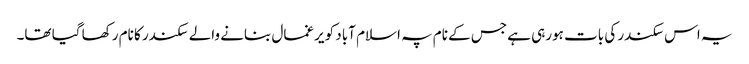
یہ اس سکندر کی بات ہورہی ہے جس کے نام پہ اسلام آباد کو یرغمال بنانے والے سکندر کا نام رکھا گیا تھا۔